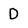
Character: D